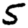
Digit: 5